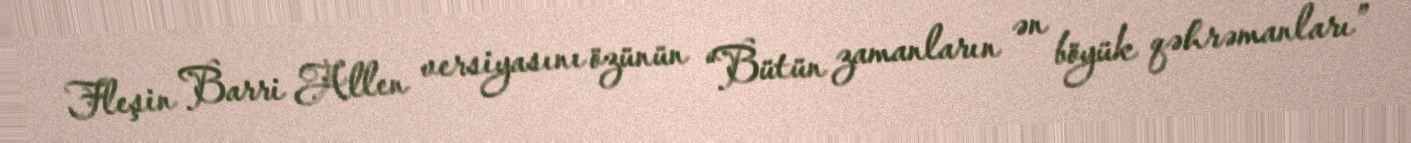
Fleşin Barri Allen versiyasını özünün “Bütün zamanların ən böyük qəhrəmanları”